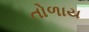
તોળાય